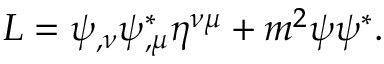
L = \psi _ { , \nu } \psi _ { , \mu } ^ { * } \eta ^ { \nu \mu } + m ^ { 2 } \psi \psi ^ { * } .